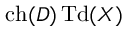
\operatorname { c h } ( D ) \operatorname { T d } ( X )